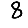
Digit: 8